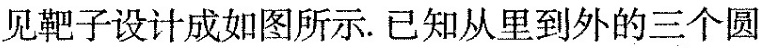
见靶子设计成如图所示。已知从里到外的三个圆